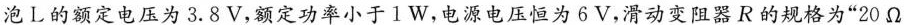
泡L的额定电压为3.8V，额定功率小于1W，电源电压恒为6V，滑动变阻器R的规格为”20Ω